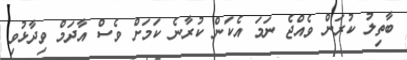
ބާތިލު ކުރަން ވެއްޖެ ނަމަ އެކަން ކުރާނެ ކަމަށް ވެސް އާދަމް ވިދާޅުވި